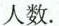
人数.